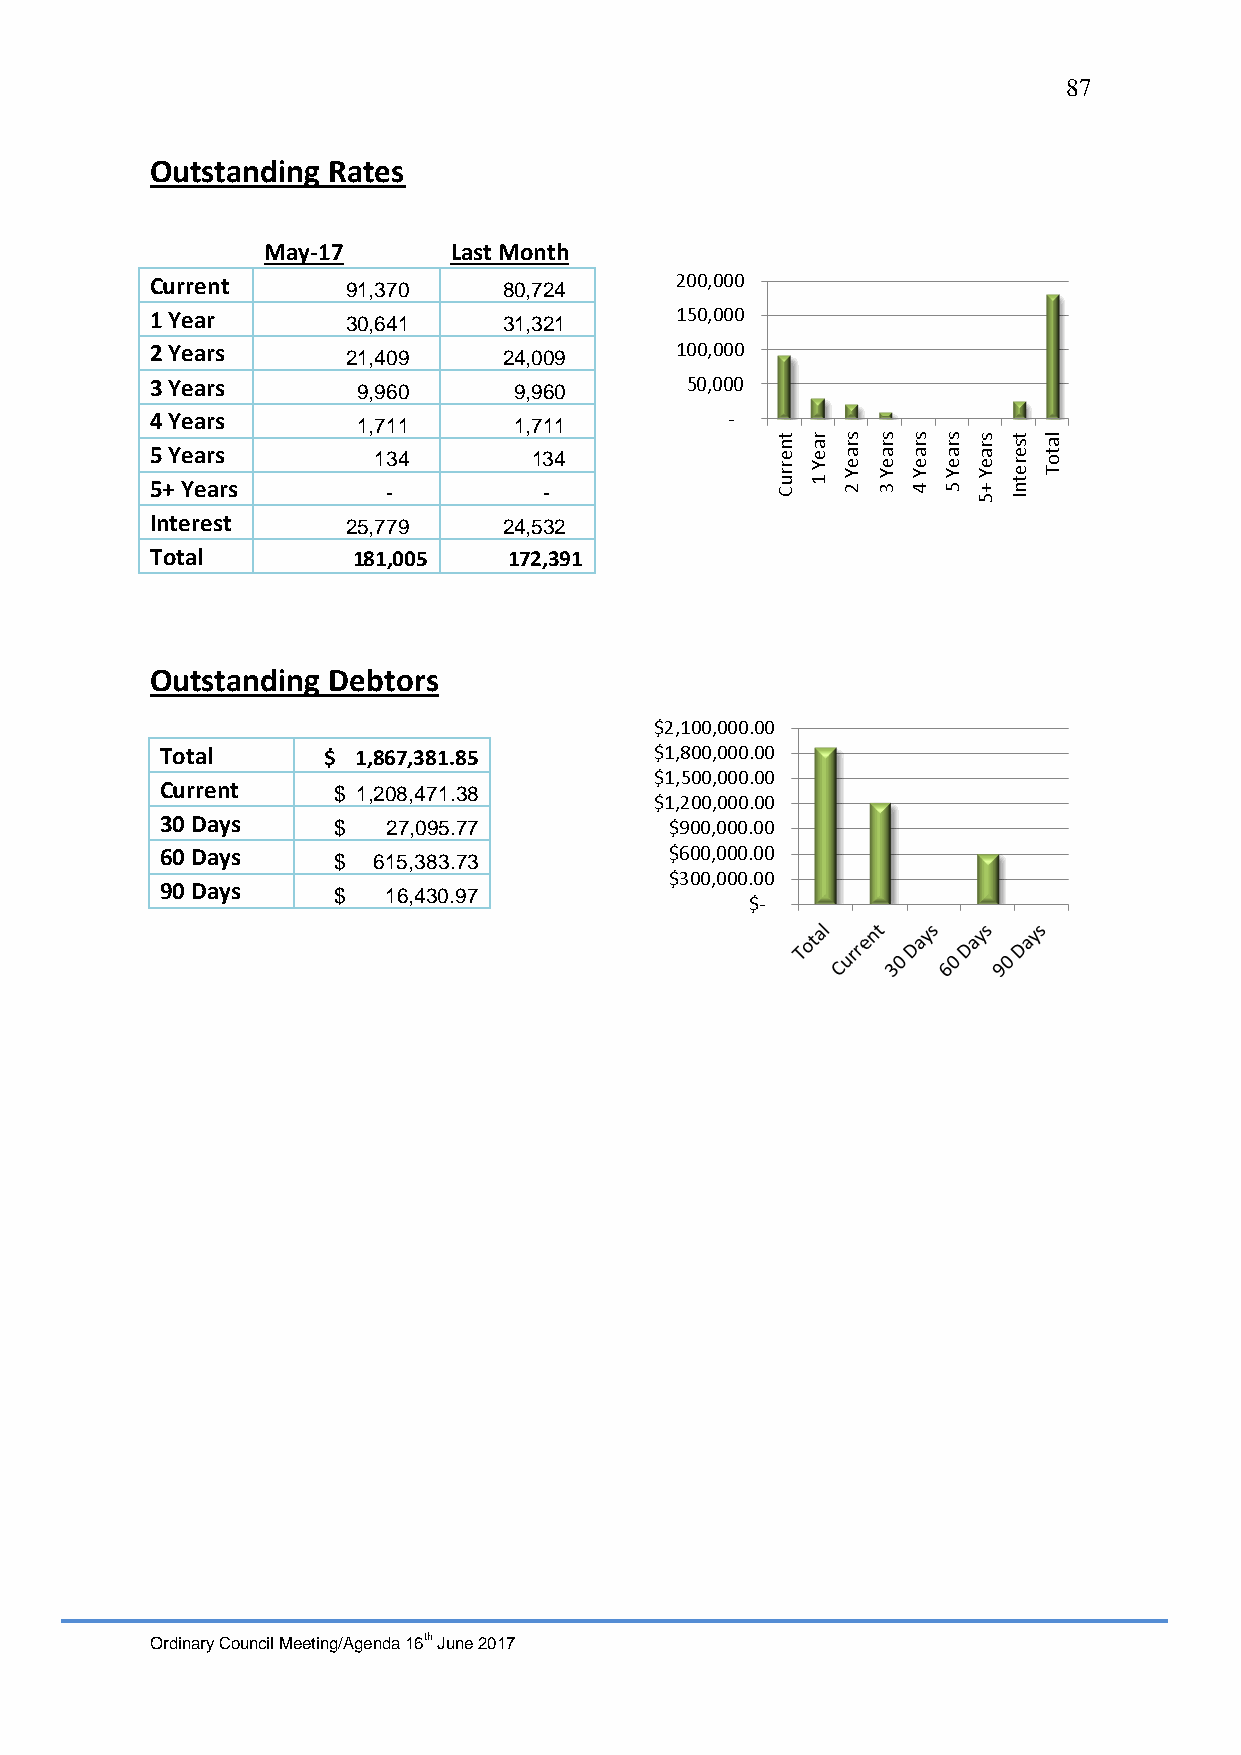
87
 Outstanding Rates
 May-17       Last Month
 Current      91,370    80,724
 1 Year       30,641    31,321
 2 Years      21,409    24,009
 3 Years       9,960     9,960
 4 Years       1,711     1,711
 5 Years        134       134
 5+ Years        -         -
 Interest     25,779    24,532
 Total        181,005    172,391
 Outstanding Debtors
 Total     $  1,867,381.85
 Current    $ 1,208,471.38
 30 Days    $   27,095.77
 60 Days    $  615,383.73
 90 Days    $   16,430.97
 Ordinary Council Meeting/Agenda 16th June 2017